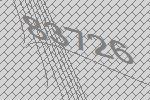
83726